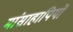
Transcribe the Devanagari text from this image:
मांसाहापियों